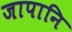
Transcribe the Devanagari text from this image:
जापानि